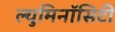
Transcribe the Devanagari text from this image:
ल्युमिनॉसिटी